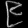
Digit: ၉